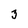
Character: 3